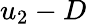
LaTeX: u_{2}-D